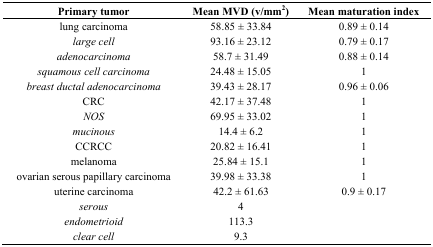
| Primary tumor | Mean MVD (v/mm2) | Mean maturation index |
 | --- | --- | --- |
 | lung carcinoma | 58.85 ± 33.84 | 0.89 ± 0.14 |
 | large cell | 93.16 ± 23.12 | 0.79 ± 0.17 |
 | adenocarcinoma | 58.7 ± 31.49 | 0.88 ± 0.14 |
 | squamous cell carcinoma | 24.48 ± 15.05 | 1 |
 | breast ductal adenocarcinoma | 39.43 ± 28.17 | 0.96 ± 0.06 |
 | CRC | 42.17 ± 37.48 | 1 |
 | NOS | 69.95 ± 33.02 | 1 |
 | mucinous | 14.4 ± 6.2 | 1 |
 | CCRCC | 20.82 ± 16.41 | 1 |
 | melanoma | 25.84 ± 15.1 | 1 |
 | ovarian serous papillary carcinoma | 39.98 ± 33.38 | 1 |
 | uterine carcinoma | 42.2 ± 61.63 | 0.9 ± 0.17 |
 | serous | 4 |  |
 | endometrioid | 113.3 |  |
 | clear cell | 9.3 |  |